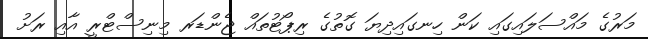
މަރުގެ މައްސަލައިގައި ކަން ހިނގައިދިޔަ ގޮތުގެ ރިޕޯޓުތައް ޖެންޑަރ މިނިސްޓްރީ އާއި ރަށު